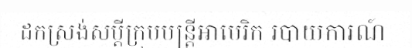
ដកស្រង់សម្តីក្រុមមន្ត្រីអាមេរិក របាយការណ៍